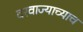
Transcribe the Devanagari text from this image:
दरवाज्याच्याच